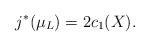
LaTeX: \begin{align*}j^*(\mu_L) = 2c_1(X).\end{align*}